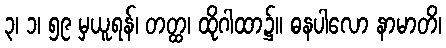
၃၊ ၁၊ ၅၉ မှယူရန်၊ တတ္ထ၊ ထိုဂါထာ၌။ ဓနပါလော နာမာတိ၊